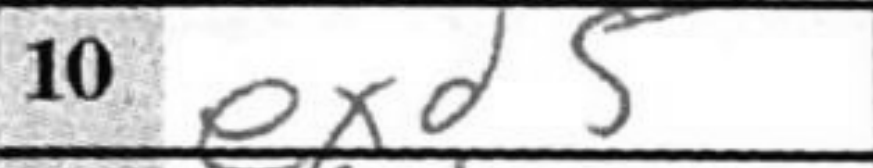
Transcription: exd5